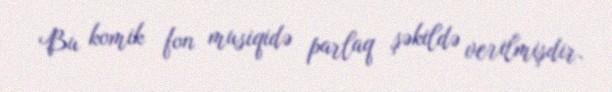
Bu komik fon musiqidə parlaq şəkildə verilmişdir.